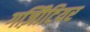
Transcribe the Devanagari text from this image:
गज़िीटियर